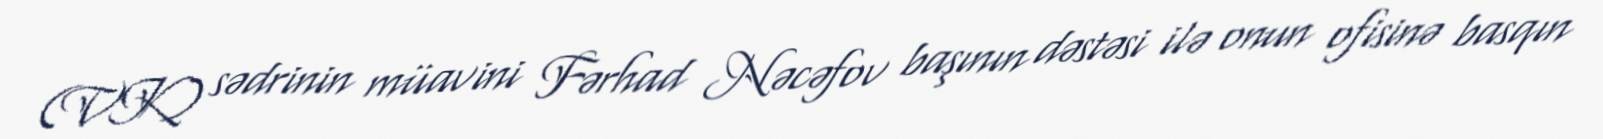
(VK) sədrinin müavini Fərhad Nəcəfov başının dəstəsi ilə onun ofisinə basqın